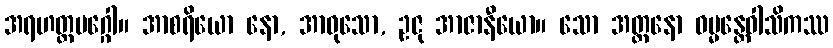
အရဟတ္တမဂ္ဂေါ။ အာစရိယော နော, အာဝုသော, ဥဇု အာဇာနီယော။ သော အတ္တနော ဓမ္မန္တေဝါသိကဿ